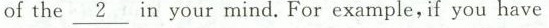
of the \underline{2} in your mind.For example, if you have